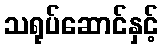
သရုပ်ဆောင်နှင့်